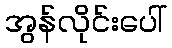
အွန်လိုင်းပေါ်